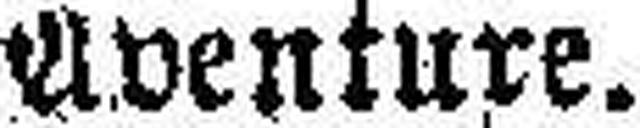
Aventure.